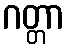
ဂတ္တာ